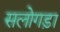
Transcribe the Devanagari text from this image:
सलोगड़ा